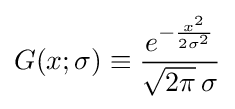
G(x;\sigma )\equiv {\frac {e^{-{\frac {x^{2}}{2\sigma ^{2}}}}}{{\sqrt {2\pi }}\,\sigma }}